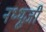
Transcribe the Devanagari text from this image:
नथ्थूजी